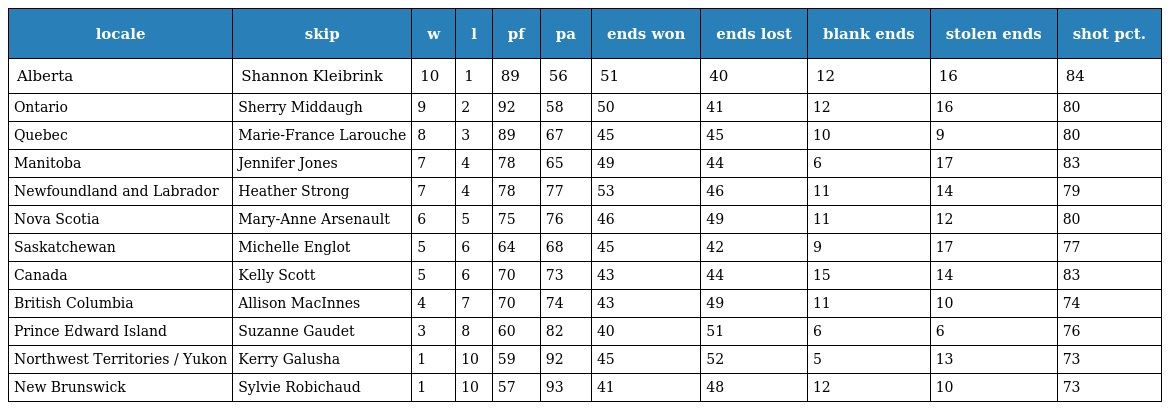
| locale | skip | w | l | pf | pa | ends won | ends lost | blank ends | stolen ends | shot pct. |
 | --- | --- | --- | --- | --- | --- | --- | --- | --- | --- | --- |
 | Alberta | Shannon Kleibrink | 10 | 1 | 89 | 56 | 51 | 40 | 12 | 16 | 84 |
 | Ontario | Sherry Middaugh | 9 | 2 | 92 | 58 | 50 | 41 | 12 | 16 | 80 |
 | Quebec | Marie-France Larouche | 8 | 3 | 89 | 67 | 45 | 45 | 10 | 9 | 80 |
 | Manitoba | Jennifer Jones | 7 | 4 | 78 | 65 | 49 | 44 | 6 | 17 | 83 |
 | Newfoundland and Labrador | Heather Strong | 7 | 4 | 78 | 77 | 53 | 46 | 11 | 14 | 79 |
 | Nova Scotia | Mary-Anne Arsenault | 6 | 5 | 75 | 76 | 46 | 49 | 11 | 12 | 80 |
 | Saskatchewan | Michelle Englot | 5 | 6 | 64 | 68 | 45 | 42 | 9 | 17 | 77 |
 | Canada | Kelly Scott | 5 | 6 | 70 | 73 | 43 | 44 | 15 | 14 | 83 |
 | British Columbia | Allison MacInnes | 4 | 7 | 70 | 74 | 43 | 49 | 11 | 10 | 74 |
 | Prince Edward Island | Suzanne Gaudet | 3 | 8 | 60 | 82 | 40 | 51 | 6 | 6 | 76 |
 | Northwest Territories / Yukon | Kerry Galusha | 1 | 10 | 59 | 92 | 45 | 52 | 5 | 13 | 73 |
 | New Brunswick | Sylvie Robichaud | 1 | 10 | 57 | 93 | 41 | 48 | 12 | 10 | 73 |